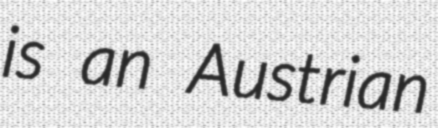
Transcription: is an Austrian